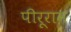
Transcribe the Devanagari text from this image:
पीरूराम